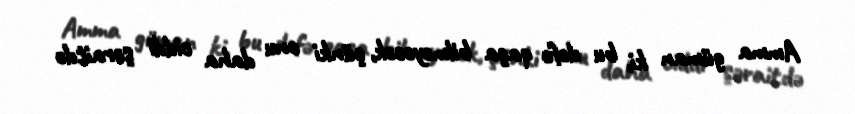
Amma güman ki, bu dəfə qaça bilməyəcək, çünki onu daha ciddi şəraitdə